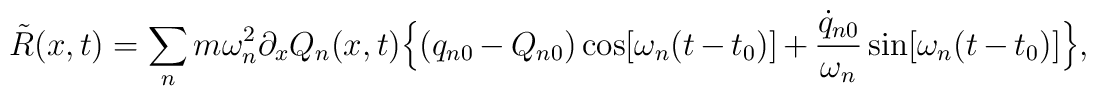
\tilde{R}(x,t)  =  \sum_{n} m \omega_{n}^{2}\partial_{x}Q_{n}(x,t) \Big\{ (q_{n0} - Q_{n0})\cos[\omega_{n}(t-t_{0})] + \frac{\dot{q}_{n0}}{\omega_{n}} \sin [\omega_{n}(t-t_{0})] \Big\} ,